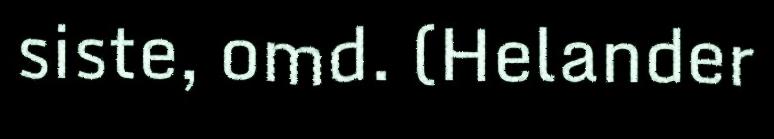
siste, omd. (Helander